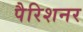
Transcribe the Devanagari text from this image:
पैरिशनर